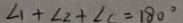
\angle 1 + \angle 2 + \angle C = 1 8 0 ^ { \circ }